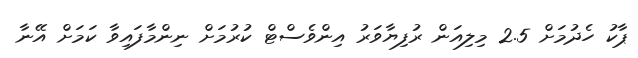
ޕާކު ހެދުމަށް 2.5 މިލިއަން ރުފިޔާވަރު އިންވެސްޓް ކުރުމަށް ނިންމާފައިވާ ކަމަށް އޭނާ